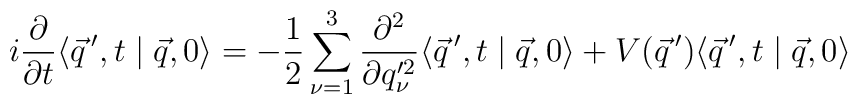
i \frac{\partial}{\partial t} \langle \vec q\,',t\mid \vec q,0 \rangle =  -\frac{1}{2} \sum_{\nu=1}^3 \frac{\partial^2}{\partial q'^2_{\nu}}  \langle \vec q\,',t\mid \vec q,0 \rangle + V(\vec q\,')  \langle \vec q\,',t\mid \vec q,0 \rangle